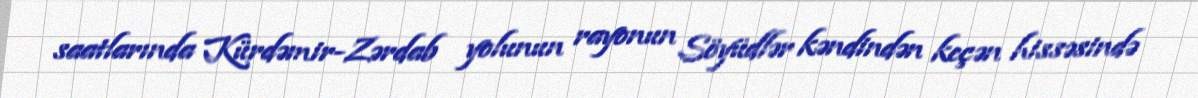
saatlarında Kürdəmir-Zərdab yolunun rayonun Söyüdlər kəndindən keçən hissəsində